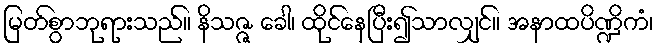
မြတ်စွာဘုရားသည်။ နိသဇ္ဇ ခေါ၊ ထိုင်နေပြီး၍သာလျှင်။ အနာထပိဏ္ဍိကံ၊